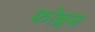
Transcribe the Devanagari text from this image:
फोब्र्स